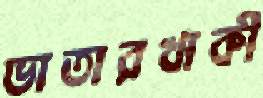
ভাতারখাকী